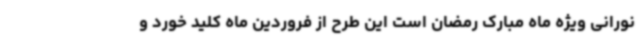
نورانی ویژه ماه مبارک رمضان است این طرح از فروردین ماه کلید خورد و